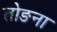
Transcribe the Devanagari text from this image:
तोङना